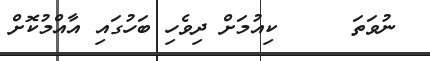
ނުވަތަ     ކިއުމަށް ދިވެހި ބަހުގައި އާއްމުކޮށް